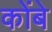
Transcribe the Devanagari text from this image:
कोंबे